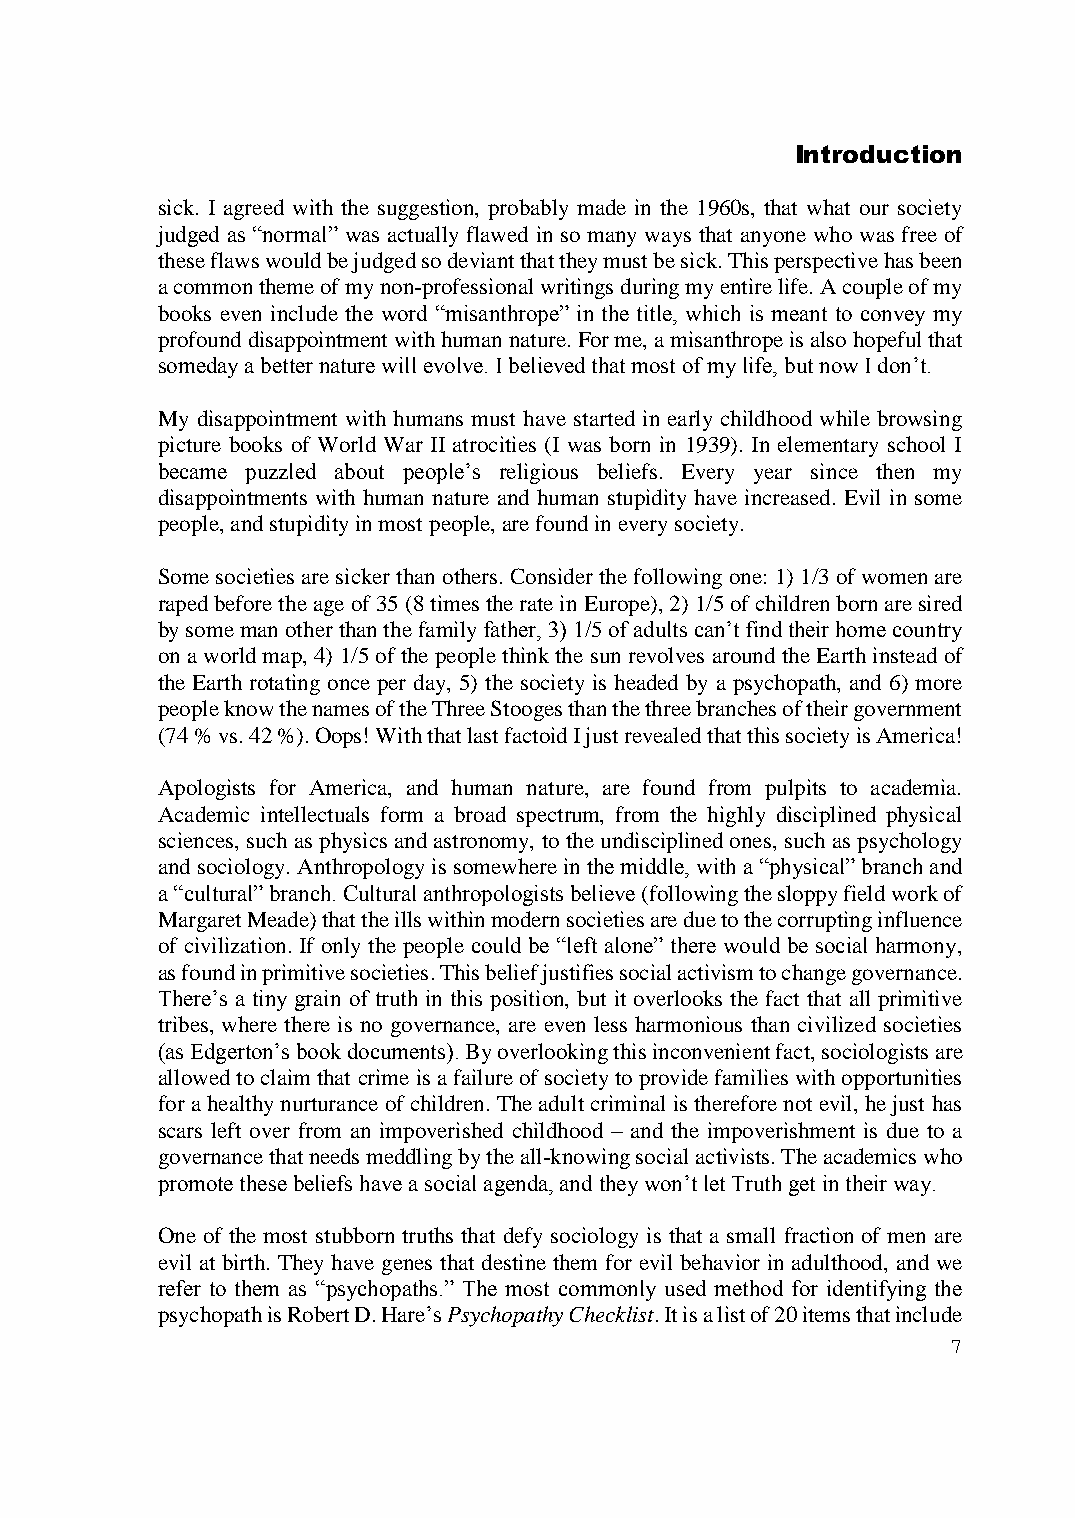
Introduction
 sick. I agreed with the suggestion, probably made in the 1960s, that what our society
 judged as “normal” was actually flawed in so many ways that anyone who was free of
 these flaws would be judged so deviant that they must be sick. This perspective has been
 a common theme of my non-professional writings during my entire life. A couple of my
 books even include the word “misanthrope” in the title, which is meant to convey my
 profound disappointment with human nature. For me, a misanthrope is also hopeful that
 someday a better nature will evolve. I believed that most of my life, but now I don’t.
 My disappointment with humans must have started in early childhood while browsing
 picture books of World War II atrocities (I was born in 1939). In elementary school I
 became puzzled about people’s religious beliefs. Every year since then my
 disappointments with human nature and human stupidity have increased. Evil in some
 people, and stupidity in most people, are found in every society.
 Some societies are sicker than others. Consider the following one: 1) 1/3 of women are
 raped before the age of 35 (8 times the rate in Europe), 2) 1/5 of children born are sired
 by some man other than the family father, 3) 1/5 of adults can’t find their home country
 on a world map, 4) 1/5 of the people think the sun revolves around the Earth instead of
 the Earth rotating once per day, 5) the society is headed by a psychopath, and 6) more
 people know the names of the Three Stooges than the three branches of their government
 (74 % vs. 42 %). Oops! With that last factoid I just revealed that this society is America!
 Apologists for America, and human nature, are found from pulpits to academia.
 Academic intellectuals form a broad spectrum, from the highly disciplined physical
 sciences, such as physics and astronomy, to the undisciplined ones, such as psychology
 and sociology. Anthropology is somewhere in the middle, with a “physical” branch and
 a “cultural” branch. Cultural anthropologists believe (following the sloppy field work of
 Margaret Meade) that the ills within modern societies are due to the corrupting influence
 of civilization. If only the people could be “left alone” there would be social harmony,
 as found in primitive societies. This belief justifies social activism to change governance.
 There’s a tiny grain of truth in this position, but it overlooks the fact that all primitive
 tribes, where there is no governance, are even less harmonious than civilized societies
 (as Edgerton’s book documents). By overlooking this inconvenient fact, sociologists are
 allowed to claim that crime is a failure of society to provide families with opportunities
 for a healthy nurturance of children. The adult criminal is therefore not evil, he just has
 scars left over from an impoverished childhood – and the impoverishment is due to a
 governance that needs meddling by the all-knowing social activists. The academics who
 promote these beliefs have a social agenda, and they won’t let Truth get in their way.
 One of the most stubborn truths that defy sociology is that a small fraction of men are
 evil at birth. They have genes that destine them for evil behavior in adulthood, and we
 refer to them as “psychopaths.” The most commonly used method for identifying the
 psychopath is Robert D. Hare’s Psychopathy Checklist. It is a list of 20 items that include
 7